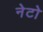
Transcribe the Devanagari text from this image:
नेटो